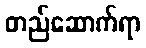
တည်ဆောက်ရာ